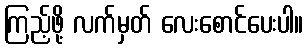
ကြည့်ဖို့ လက်မှတ် လေးစောင်ပေးပါ။